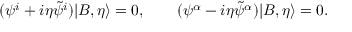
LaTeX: ( \psi ^ { i } + i \eta \tilde { \psi } ^ { i } ) | B , \eta \rangle = 0 , \qquad ( \psi ^ { \alpha } - i \eta \tilde { \psi } ^ { \alpha } ) | B , \eta \rangle = 0 .